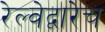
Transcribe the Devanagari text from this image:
रेल्वेद्वारेच